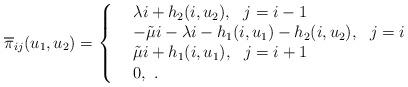
LaTeX: \begin{align*}\overline{\pi}_{ij}(u_1,u_2)= \left\{ \begin{array}{lll}\displaystyle{}&\lambda i+h_2(i,u_2),~~j=i-1\\&-\tilde{\mu} i-\lambda i-h_1(i,u_1)-h_2(i,u_2),~~ j=i\\& \tilde{\mu} i+h_1(i,u_1),~~j=i+1\\&0,~\displaystyle{}.\end{array}\right.\end{align*}